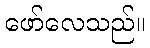
ဖော်လေသည်။